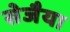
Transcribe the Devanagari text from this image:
सेजैया